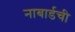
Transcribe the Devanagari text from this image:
नाबार्डची